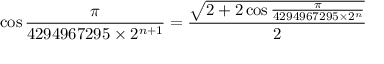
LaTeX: \cos { \frac { \pi } { 4 2 9 4 9 6 7 2 9 5 \times 2 ^ { n + 1 } } } = { \frac { \sqrt { 2 + 2 \cos { \frac { \pi } { 4 2 9 4 9 6 7 2 9 5 \times 2 ^ { n } } } } } { 2 } }